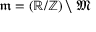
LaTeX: { \mathfrak { m } } = ( \mathbb { R } / \mathbb { Z } ) \setminus { \mathfrak { M } }